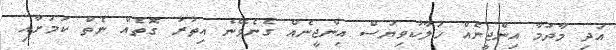
އަދި މާދަމާ އިންޖީނެއް ހަލާކުވިޔަސް އިންޖީނެއް ގެނެވޭނެ އިތުރު ގޮތެއް ނެތް ކަމަށާއި